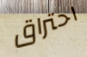
احتراق